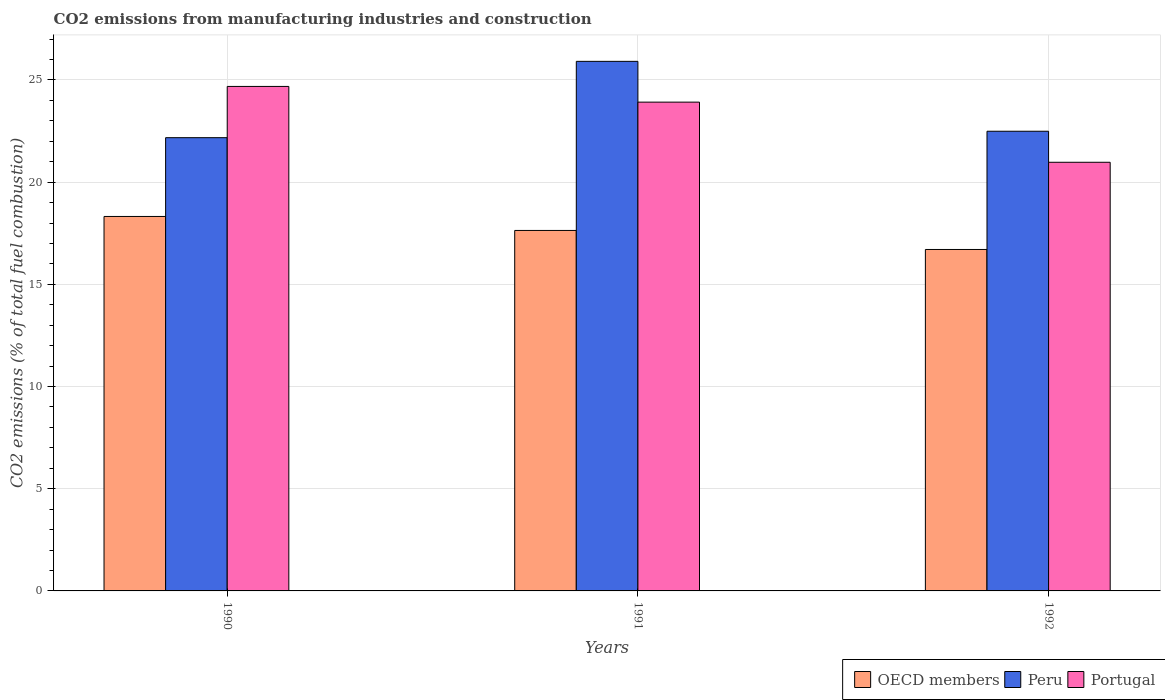
| Years | OECD members | Peru | Portugal |
 | --- | --- | --- | --- |
 | 1990 | 18.3 | 22.2 | 24.7 |
 | 1991 | 17.6 | 25.9 | 23.9 |
 | 1992 | 16.7 | 22.5 | 21 |